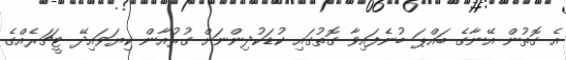
އެ ގޮތުން އޭނާގެ ބައްޕަ ބުނެފައިވާ ގޮތުގައި ކުޑަކުދިންނަށް ގުރުއާން ކިޔަވައިދޭ ޓީޗަރެއްގެ